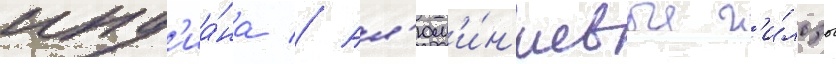
инд'иа́на // Ал'юм'и́н'иевые г'и́льзы